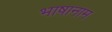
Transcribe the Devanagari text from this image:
भाषानाम